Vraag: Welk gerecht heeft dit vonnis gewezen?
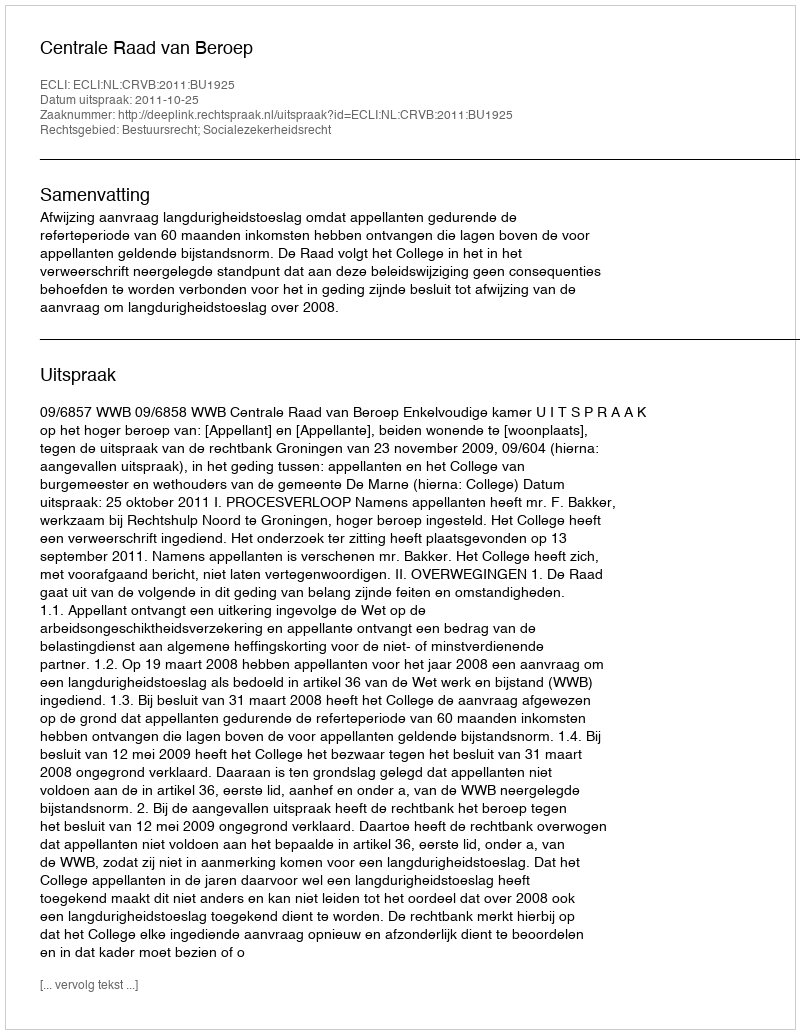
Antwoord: Centrale Raad van Beroep